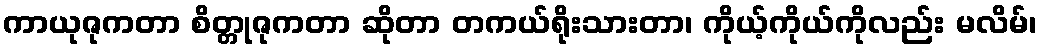
ကာယုဇုကတာ စိတ္တုဇုကတာ ဆိုတာ တကယ်ရိုးသားတာ၊ ကိုယ့်ကိုယ်ကိုလည်း မလိမ်၊